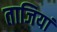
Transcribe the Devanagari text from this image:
ताजियां